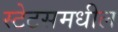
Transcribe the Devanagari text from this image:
स्टेटसमधील